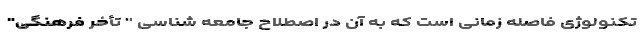
تکنولوژی فاصله زمانی است که به آن در اصطلاح جامعه شناسی " تأخر فرهنگی"